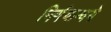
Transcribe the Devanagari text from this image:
निर्णयान्वये